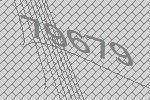
79679